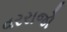
વરરાજો